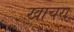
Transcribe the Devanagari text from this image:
खाचरा